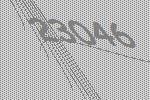
23046